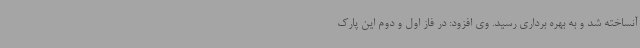
آنساخته شد و به بهره برداری رسید. وی افزود: در فاز اول و دوم این پارک